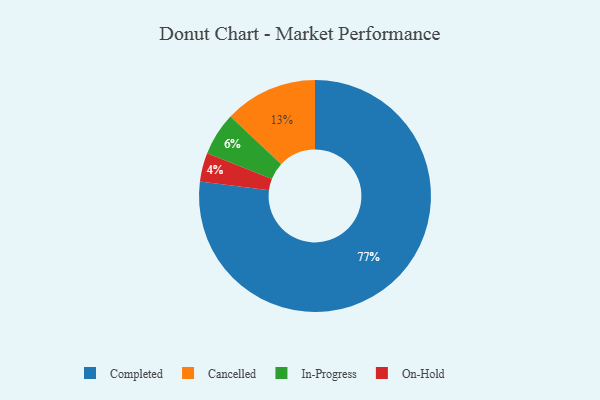
{"axis": {"x": "Category", "y": "Percentage"}, "legend": ["Cancelled", "Completed", "In-Progress", "On-Hold"], "data": [{"x": "Cancelled", "y": 13, "type": "Cancelled"}, {"x": "In-Progress", "y": 6, "type": "In-Progress"}, {"x": "On-Hold", "y": 4, "type": "On-Hold"}, {"x": "Completed", "y": 77, "type": "Completed"}]}